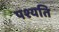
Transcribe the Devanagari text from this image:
पश्यति